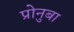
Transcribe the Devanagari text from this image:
प्रोनुबा